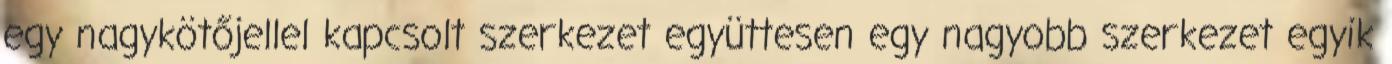
egy nagykötőjellel kapcsolt szerkezet együttesen egy nagyobb szerkezet egyik